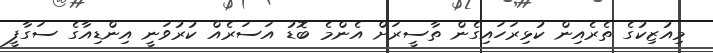
މިއުޒިކުގެ ތެރެއިން ކުޅިރަހައިގެން ތާސީރަށް އެންމެ ބޮޑު އަސަރެއް ކުރުވަނީ އިންޑިއާގެ ސަގާފީ